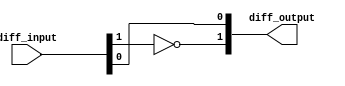
module differential_buffer (
  input wire [1:0] diff_input,
  output wire [1:0] diff_output
);

// Differential amplifier stage
reg [1:0] differential_amplifier_output;
always @*
begin
  differential_amplifier_output[0] = diff_input[0]; // input connected directly to outputa
  differential_amplifier_output[1] = ~diff_input[1]; // input inverted for differential output
end

// Buffer stage
reg [1:0] buffer_output;
always @*
begin
  buffer_output[0] = differential_amplifier_output[0];
  buffer_output[1] = differential_amplifier_output[1];
end

assign diff_output = buffer_output;

endmodule